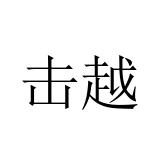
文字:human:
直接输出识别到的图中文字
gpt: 击越